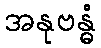
အနုဗန္ဓံ